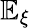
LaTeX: \mathbb{E}_{\xi}